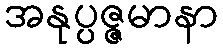
အနုပ္ပဇ္ဇမာနာ